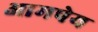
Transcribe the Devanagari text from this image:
आमपेय